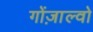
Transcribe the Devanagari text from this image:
गोंज़ाल्वो